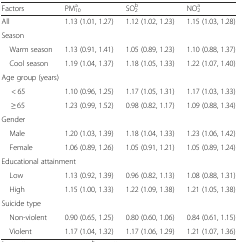
<table><thead><tr><td><b>Factors</b></td><td><b>PM<sub>10</sub><sup>a</sup></b></td><td><b>SO<sub>2</sub><sup>b</sup></b></td><td><b>NO<sub>2</sub><sup>a</sup></b></td></tr></thead><tbody><tr><td>All</td><td>1.13 (1.01, 1.27)</td><td>1.12 (1.02, 1.23)</td><td>1.15 (1.03, 1.28)</td></tr><tr><td colspan="4">Season</td></tr><tr><td> Warm season</td><td>1.13 (0.91, 1.41)</td><td>1.05 (0.89, 1.23)</td><td>1.10 (0.88, 1.37)</td></tr><tr><td> Cool season</td><td>1.19 (1.04, 1.37)</td><td>1.18 (1.05, 1.33)</td><td>1.22 (1.07, 1.40)</td></tr><tr><td colspan="4">Age group (years)</td></tr><tr><td>&lt; 65</td><td>1.10 (0.96, 1.25)</td><td>1.17 (1.05, 1.31)</td><td>1.17 (1.03, 1.33)</td></tr><tr><td>≥ 65</td><td>1.23 (0.99, 1.52)</td><td>0.98 (0.82, 1.17)</td><td>1.09 (0.88, 1.34)</td></tr><tr><td colspan="4">Gender</td></tr><tr><td> Male</td><td>1.20 (1.03, 1.39)</td><td>1.18 (1.04, 1.33)</td><td>1.23 (1.06, 1.42)</td></tr><tr><td> Female</td><td>1.06 (0.89, 1.26)</td><td>1.05 (0.91, 1.21)</td><td>1.05 (0.89, 1.24)</td></tr><tr><td colspan="4">Educational attainment</td></tr><tr><td> Low</td><td>1.13 (0.92, 1.39)</td><td>0.96 (0.82, 1.13)</td><td>1.08 (0.88, 1.31)</td></tr><tr><td> High</td><td>1.15 (1.00, 1.33)</td><td>1.22 (1.09, 1.38)</td><td>1.21 (1.05, 1.38)</td></tr><tr><td colspan="4">Suicide type</td></tr><tr><td> Non-violent</td><td>0.90 (0.65, 1.25)</td><td>0.80 (0.60, 1.06)</td><td>0.84 (0.61, 1.15)</td></tr><tr><td> Violent</td><td>1.17 (1.04, 1.32)</td><td>1.17 (1.06, 1.29)</td><td>1.21 (1.07, 1.36)</td></tr></tbody></table>